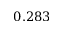
0 . 2 8 3